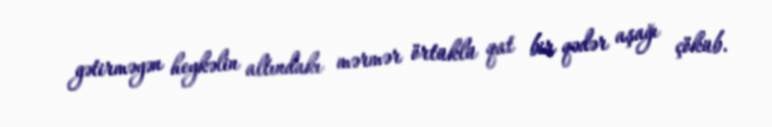
gətirməyən heykəlin altındakı mərmər örtüklü qat bir qədər aşağı çöküb.